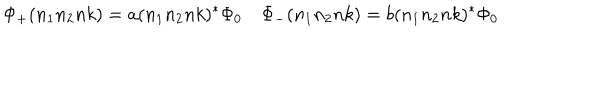
\Phi _ { + } ( n _ { 1 } n _ { 2 } n k ) = a ( n _ { 1 } n _ { 2 } n k ) ^ { * } \Phi _ { 0 } \quad \Phi _ { - } ( n _ { 1 } n _ { 2 } n k ) = b ( n _ { 1 } n _ { 2 } n k ) ^ { * } \Phi _ { 0 }